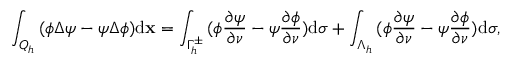
\int _ { { Q _ { h } } } { ( \phi \Delta \psi - \psi } \Delta \phi ) \mathrm { d } \mathbf x = \int _ { \Gamma _ { h } ^ { \pm } } { ( \phi { \frac { \partial \psi } { \partial \nu } } } - \psi { \frac { \partial \phi } { \partial \nu } } ) \mathrm { d } \sigma + \int _ { \Lambda _ { h } } { ( \phi { \frac { \partial \psi } { \partial \nu } } } - \psi { \frac { \partial \phi } { \partial \nu } } ) \mathrm { d } \sigma ,